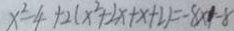
x ^ { 2 } - 4 + 2 ( x ^ { 2 } + 2 x + x + 2 ) = - 8 x - 8